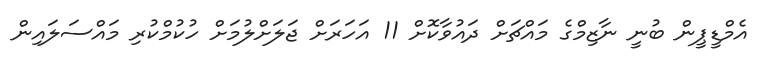
އެމްޑީޕީން ބުނީ ނާޒިމްގެ މައްޗަށް ދައުވާކޮށް 11 އަހަރަށް ޖަލަށްލުމަށް ހުކުމްކުރި މައްސަލައިން